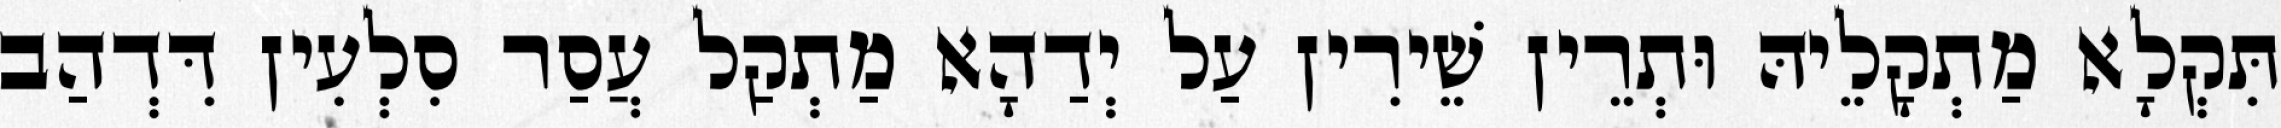
תִּקְלָא מַתְקָלֵיהּ וּתְרֵין שֵׁירִין עַל יְדַהָא מַתְקַל עֲסַר סִלְעִין דִּדְהַב